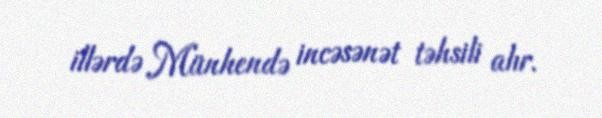
illərdə Münhendə incəsənət təhsili alır.